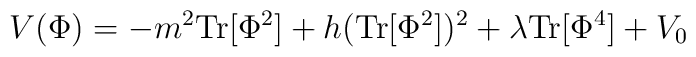
V(\Phi ) = - m^2 {\rm Tr}[ \Phi ^2 ]+      h ( {\rm Tr}[\Phi ^2  ])^2 +      \lambda {\rm Tr}[\Phi ^4]  + V_0